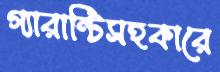
গ্যারান্টিসহকারে